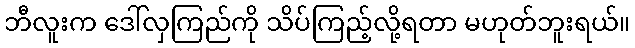
ဘီလူးက ဒေါ်လှကြည်ကို သိပ်ကြည့်လို့ရတာ မဟုတ်ဘူးရယ်။